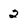
Character: 2